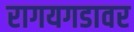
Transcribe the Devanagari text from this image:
रागयगडावर